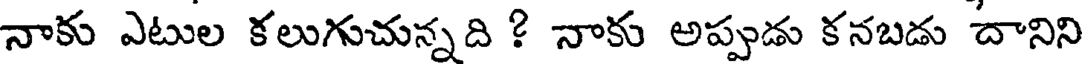
నాకు ఎటుల కలుగుచున్నది ? నాకు అప్పుడు కనబడు దానిని